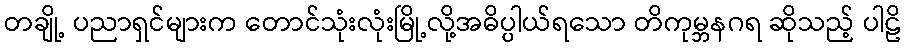
တချို့ ပညာရှင်များက တောင်သုံးလုံးမြို့လို့အဓိပ္ပါယ်ရသော တိကုမ္ဘနဂရ ဆိုသည့် ပါဠိ